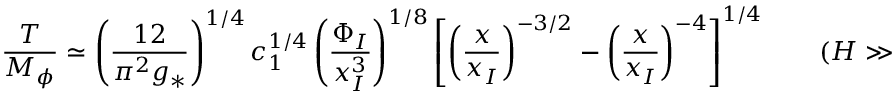
\frac { T } { M _ { \phi } } \simeq \left( \frac { 1 2 } { \pi ^ { 2 } g _ { * } } \right) ^ { 1 / 4 } c _ { 1 } ^ { 1 / 4 } \left( \frac { \Phi _ { I } } { x _ { I } ^ { 3 } } \right) ^ { 1 / 8 } \left[ \left( \frac { x } { x _ { I } } \right) ^ { - 3 / 2 } - \left( \frac { x } { x _ { I } } \right) ^ { - 4 } \right] ^ { 1 / 4 } \qquad ( H \gg \Gamma _ { \phi } ) \ .